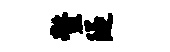
鳌隧